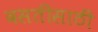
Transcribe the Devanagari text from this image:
वसतीसाठी